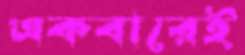
একবারেই